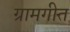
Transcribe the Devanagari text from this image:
ग्रामगीत